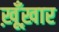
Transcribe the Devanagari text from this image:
ख़ूँख़ार